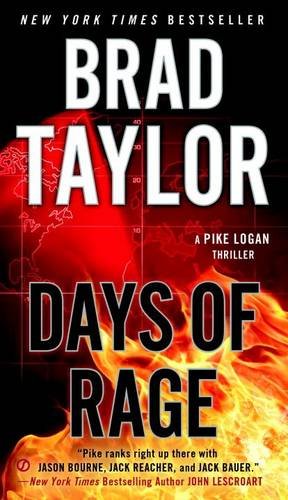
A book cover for Days of Rage: A Pike Logan Thriller; Brad Taylor; Mystery, Thriller & Suspense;